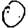
Digit: 0